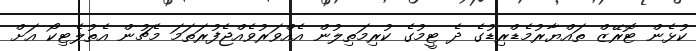
ކުޅެން ޓޮރޭޒް ތައްޔާރުމެޑްރިޑުގެ ދެ ޓީމުގެ ކުރިމަތިލުން އެއްވަރުވެއްޖެފުރަތަމަ މެޗުން އެތުލެޓިކޯ އަށް